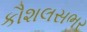
કૌશલસભર